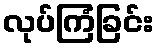
လုပ်ကြံခြင်း